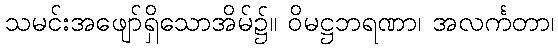
သမင်းအဖျော်ရှိသောအိမ်၌။ ဝိမဋ္ဌဘရဏာ၊ အလင်္ကတာ၊